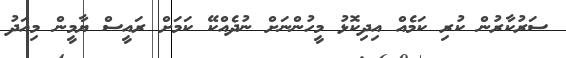
ސަރުކާރުން ކުރި ކަމެއް އިދިކޮޅު މީހުންނަށް ނުދެއްކޭ ކަމަށް ރައީސް ޔާމީން މިއަދު